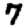
Digit: 7